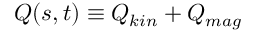
Q ( s , t ) \equiv Q _ { k i n } + Q _ { m a g }